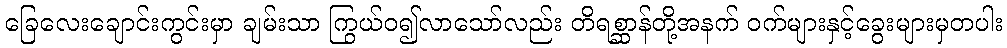
ခြေလေးချောင်းကွင်းမှာ ချမ်းသာ ကြွယ်ဝ၍လာသော်လည်း တိရစ္ဆာန်တို့အနက် ဝက်များနှင့်ခွေးများမှတပါး